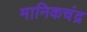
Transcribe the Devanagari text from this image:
मानिकचंद्र